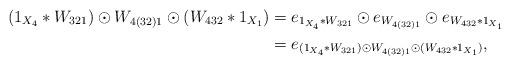
LaTeX: \begin{align*} (1_{X_4} * W_{321}) \odot W_{4(32)1} \odot (W_{432}*1_{X_1}) & = e_{1_{X_4} * W_{321}} \odot e_{W_{4(32)1}} \odot e_{W_{432}*1_{X_1}} \\& = e_{(1_{X_4} * W_{321}) \odot W_{4(32)1} \odot (W_{432}*1_{X_1})},\end{align*}